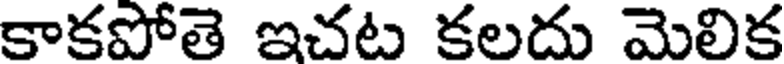
కాకపోతె ఇచట కలదు మెలిక